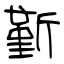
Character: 斳